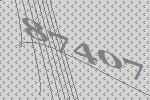
87407